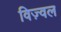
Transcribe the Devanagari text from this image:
विज़्वल